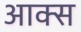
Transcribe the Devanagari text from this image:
आक्स